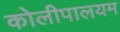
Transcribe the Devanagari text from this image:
कोलीपालयम